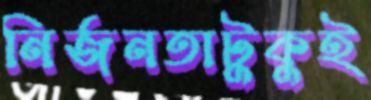
নির্জনতাটুকুই